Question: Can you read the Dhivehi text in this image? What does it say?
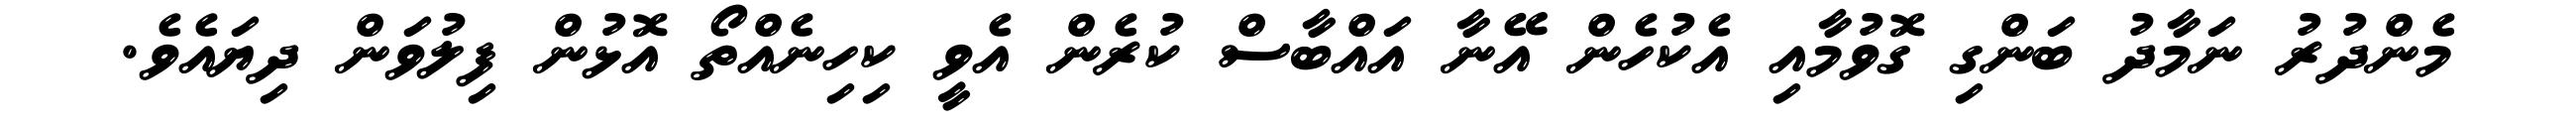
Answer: މެންދުރު ނަމާދު ބަންގި ގޮވުމާއި އެކުހެން އޭނާ އައްބާސް ކުރެން އެވީ ކިހިނެއްތޯ އޮޅުން ފިލުވަން ދިޔައެވެ.